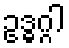
ဥဒ္ဓဂ္ဂါ